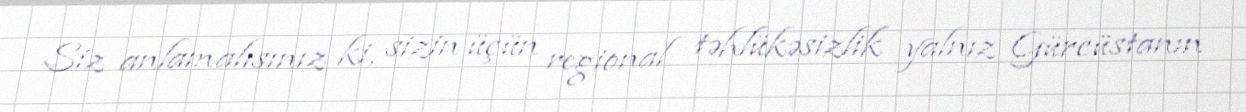
Siz anlamalısınız ki, sizin üçün regional təhlükəsizlik yalnız Gürcüstanın